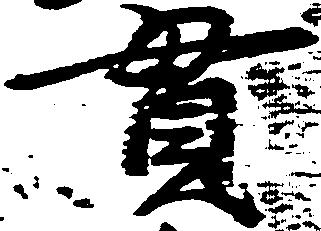
貫